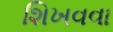
શિખવવા